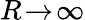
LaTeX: R\! \rightarrow\! \infty